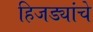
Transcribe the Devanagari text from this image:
हिजड्यांचे